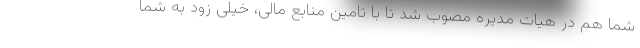
شما هم در هیات مدیره مصوب شد تا با تامین منابع مالی، خیلی زود به شما